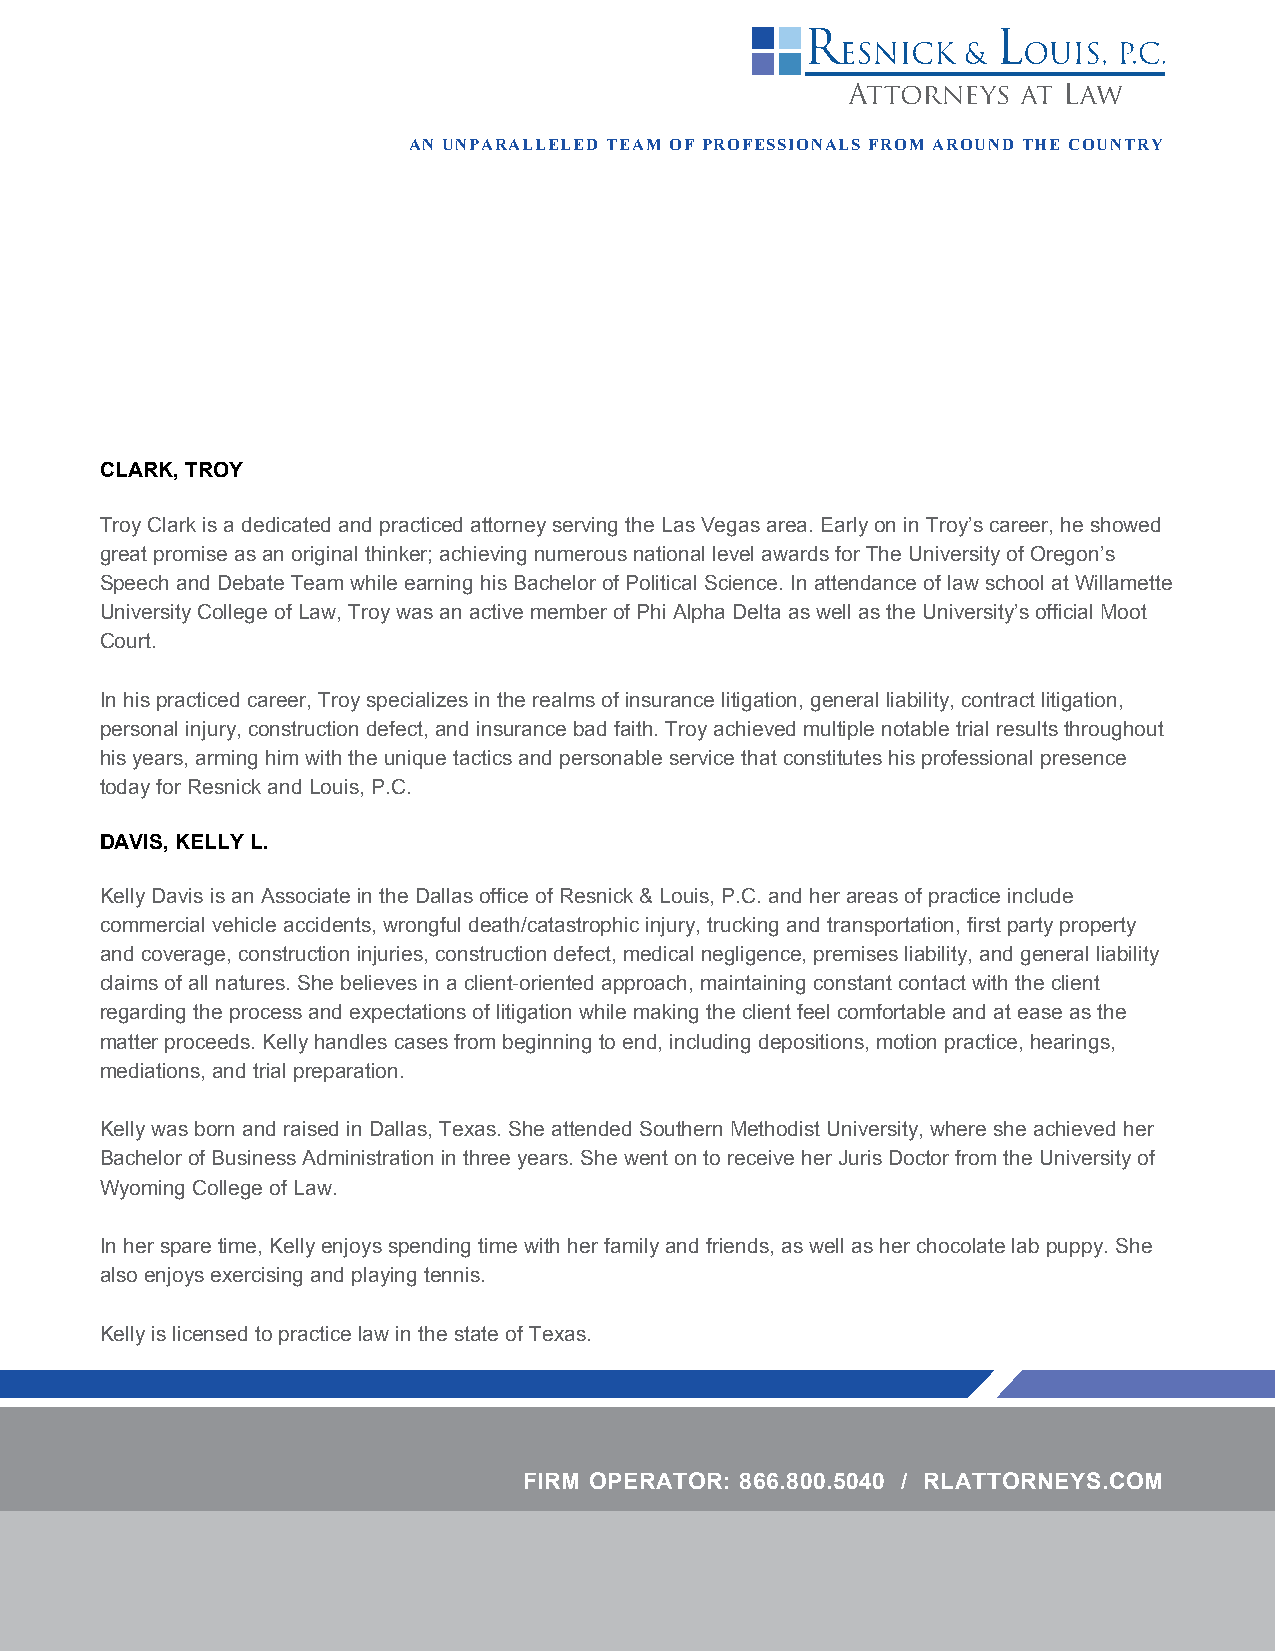
AN UNPARALLELED TEAM OF PROFESSIONALS FROM AROUND THE COUNTRY
 CLARK, TROY
 Troy Clark is a dedicated and practiced attorney serving the Las Vegas area. Early on in Troy’s career, he showed
 great promise as an original thinker; achieving numerous national level awards for The University of Oregon’s
 Speech and Debate Team while earning his Bachelor of Political Science. In attendance of law school at Willamette
 University College of Law, Troy was an active member of Phi Alpha Delta as well as the University’s official Moot
 Court.
 In his practiced career, Troy specializes in the realms of insurance litigation, general liability, contract litigation,
 personal injury, construction defect, and insurance bad faith. Troy achieved multiple notable trial results throughout
 his years, arming him with the unique tactics and personable service that constitutes his professional presence
 today for Resnick and Louis, P.C.
 DAVIS, KELLY L.
 Kelly Davis is an Associate in the Dallas office of Resnick & Louis, P.C. and her areas of practice include
 commercial vehicle accidents, wrongful death/catastrophic injury, trucking and transportation, first party property
 and coverage, construction injuries, construction defect, medical negligence, premises liability, and general liability
 claims of all natures. She believes in a client-oriented approach, maintaining constant contact with the client
 regarding the process and expectations of litigation while making the client feel comfortable and at ease as the
 matter proceeds. Kelly handles cases from beginning to end, including depositions, motion practice, hearings,
 mediations, and trial preparation.
 Kelly was born and raised in Dallas, Texas. She attended Southern Methodist University, where she achieved her
 Bachelor of Business Administration in three years. She went on to receive her Juris Doctor from the University of
 Wyoming College of Law.
 In her spare time, Kelly enjoys spending time with her family and friends, as well as her chocolate lab puppy. She
 also enjoys exercising and playing tennis.
 Kelly is licensed to practice law in the state of Texas.
 FIRM OPERATOR: 866.800.5040 / RLATTORNEYS.COM